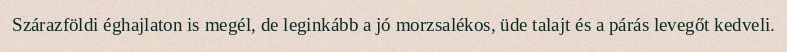
Szárazföldi éghajlaton is megél, de leginkább a jó morzsalékos, üde talajt és a párás levegőt kedveli.